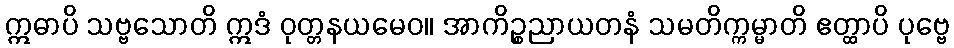
ဣဓာပိ သဗ္ဗသောတိ ဣဒံ ဝုတ္တနယမေဝ။ အာကိဉ္စညာယတနံ သမတိက္ကမ္မာတိ ဧတ္ထာပိ ပုဗ္ဗေ